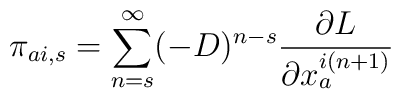
\pi _{ai,s}=\sum _{n=s}^{\infty}(-D)^{n-s}\frac {\partial L}{\partial x_{a}^{i(n+1)}}